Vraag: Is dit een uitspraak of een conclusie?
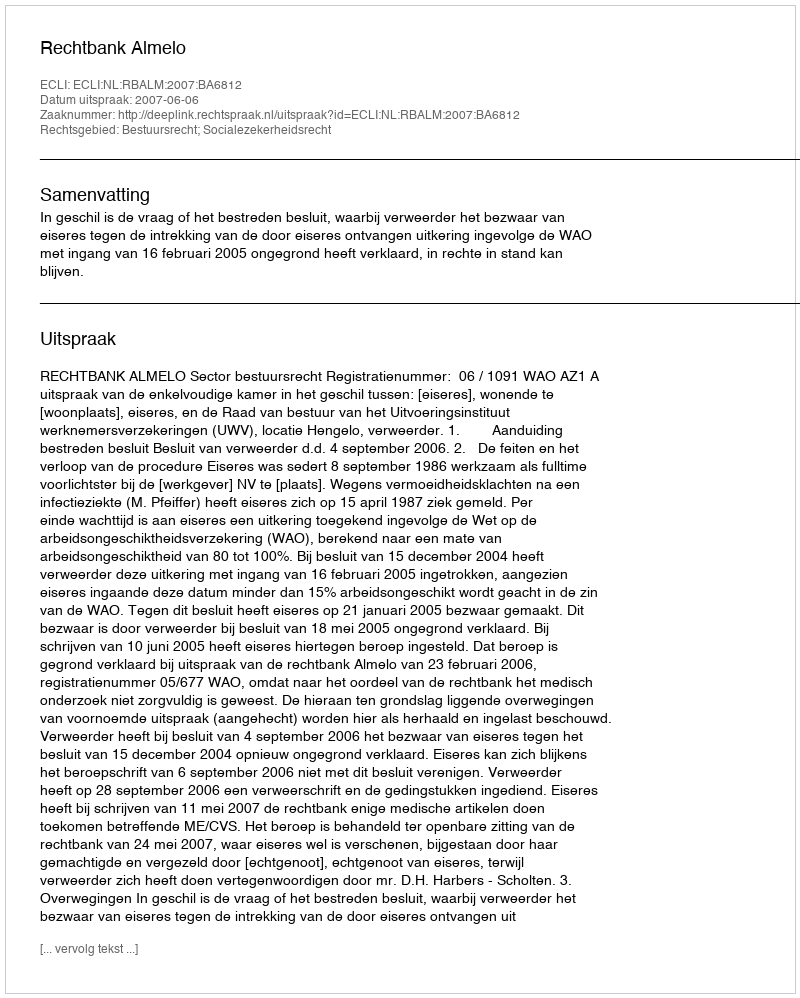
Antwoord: Uitspraak